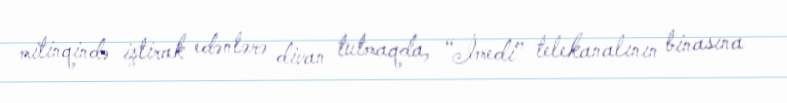
mitinqində iştirak edənlərə divan tutmaqda, “İmedi” telekanalının binasına